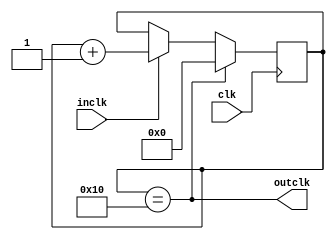
module clk16div(input wire clk,
	input wire inclk,
	output wire outclk
);
	reg [4:0] cnt = 0;
	assign outclk = cnt == 16;
	always @(posedge clk)
		if(outclk)
			cnt <= 0;
		else if(inclk)
			cnt <= cnt + 5'b1;
endmodule